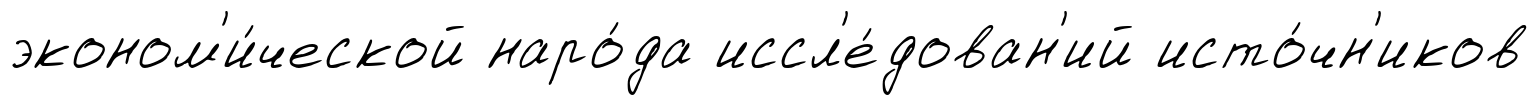
эконом'и́ческой наро́да иссл'е́дован'ий исто́чн'иков